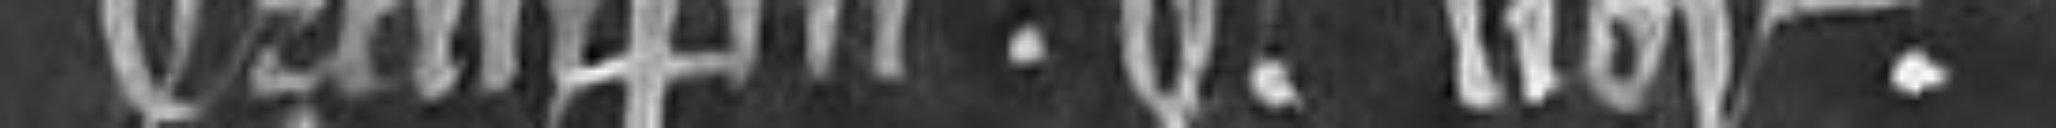
Dampnum. S. Librarum.